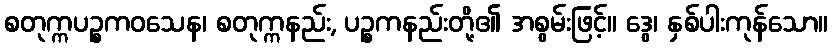
စတုက္ကပဉ္စကဝသေန၊ စတုက္ကနည်း, ပဉ္စကနည်းတို့၏ အစွမ်းဖြင့်။ ဒွေ၊ နှစ်ပါးကုန်သော။